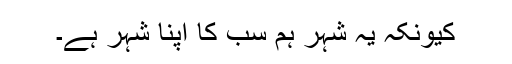
کیونکہ یہ شہر ہم سب کا اپنا شہر ہے۔